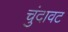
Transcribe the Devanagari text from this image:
चुंदावट